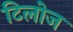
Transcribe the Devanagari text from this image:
टिलोज